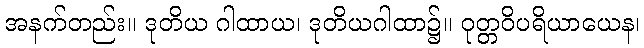
အနက်တည်း။ ဒုတိယ ဂါထာယ၊ ဒုတိယဂါထာ၌။ ဝုတ္တဝိပရိယာယေန၊